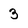
Character: 3